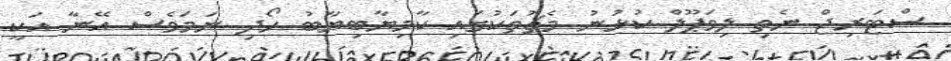
ސްޓަރިޖް ނެތި ލިވަޕޫލް ކުޅުނު މެޗުތަކުގައި ކާމިޔާބިޔާބު ހޯދި ނަމަވެސް އޭނާ އަކީ